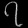
Digit: ၇